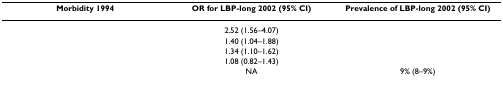
<table><thead><tr><td><b>Morbidity 1994</b></td><td><b>OR for LBP-long 2002 (95% CI)</b></td><td><b>Prevalence of LBP-long 2002 (95% CI)</b></td></tr></thead><tbody><tr><td>[EMPTY_CELL]</td><td>2.52 (1.56–4.07)</td><td>[EMPTY_CELL]</td></tr><tr><td>[EMPTY_CELL]</td><td>1.40 (1.04–1.88)</td><td>[EMPTY_CELL]</td></tr><tr><td>[EMPTY_CELL]</td><td>1.34 (1.10–1.62)</td><td>[EMPTY_CELL]</td></tr><tr><td>[EMPTY_CELL]</td><td>1.08 (0.82–1.43)</td><td>[EMPTY_CELL]</td></tr><tr><td>[EMPTY_CELL]</td><td>NA</td><td>9% (8–9%)</td></tr></tbody></table>